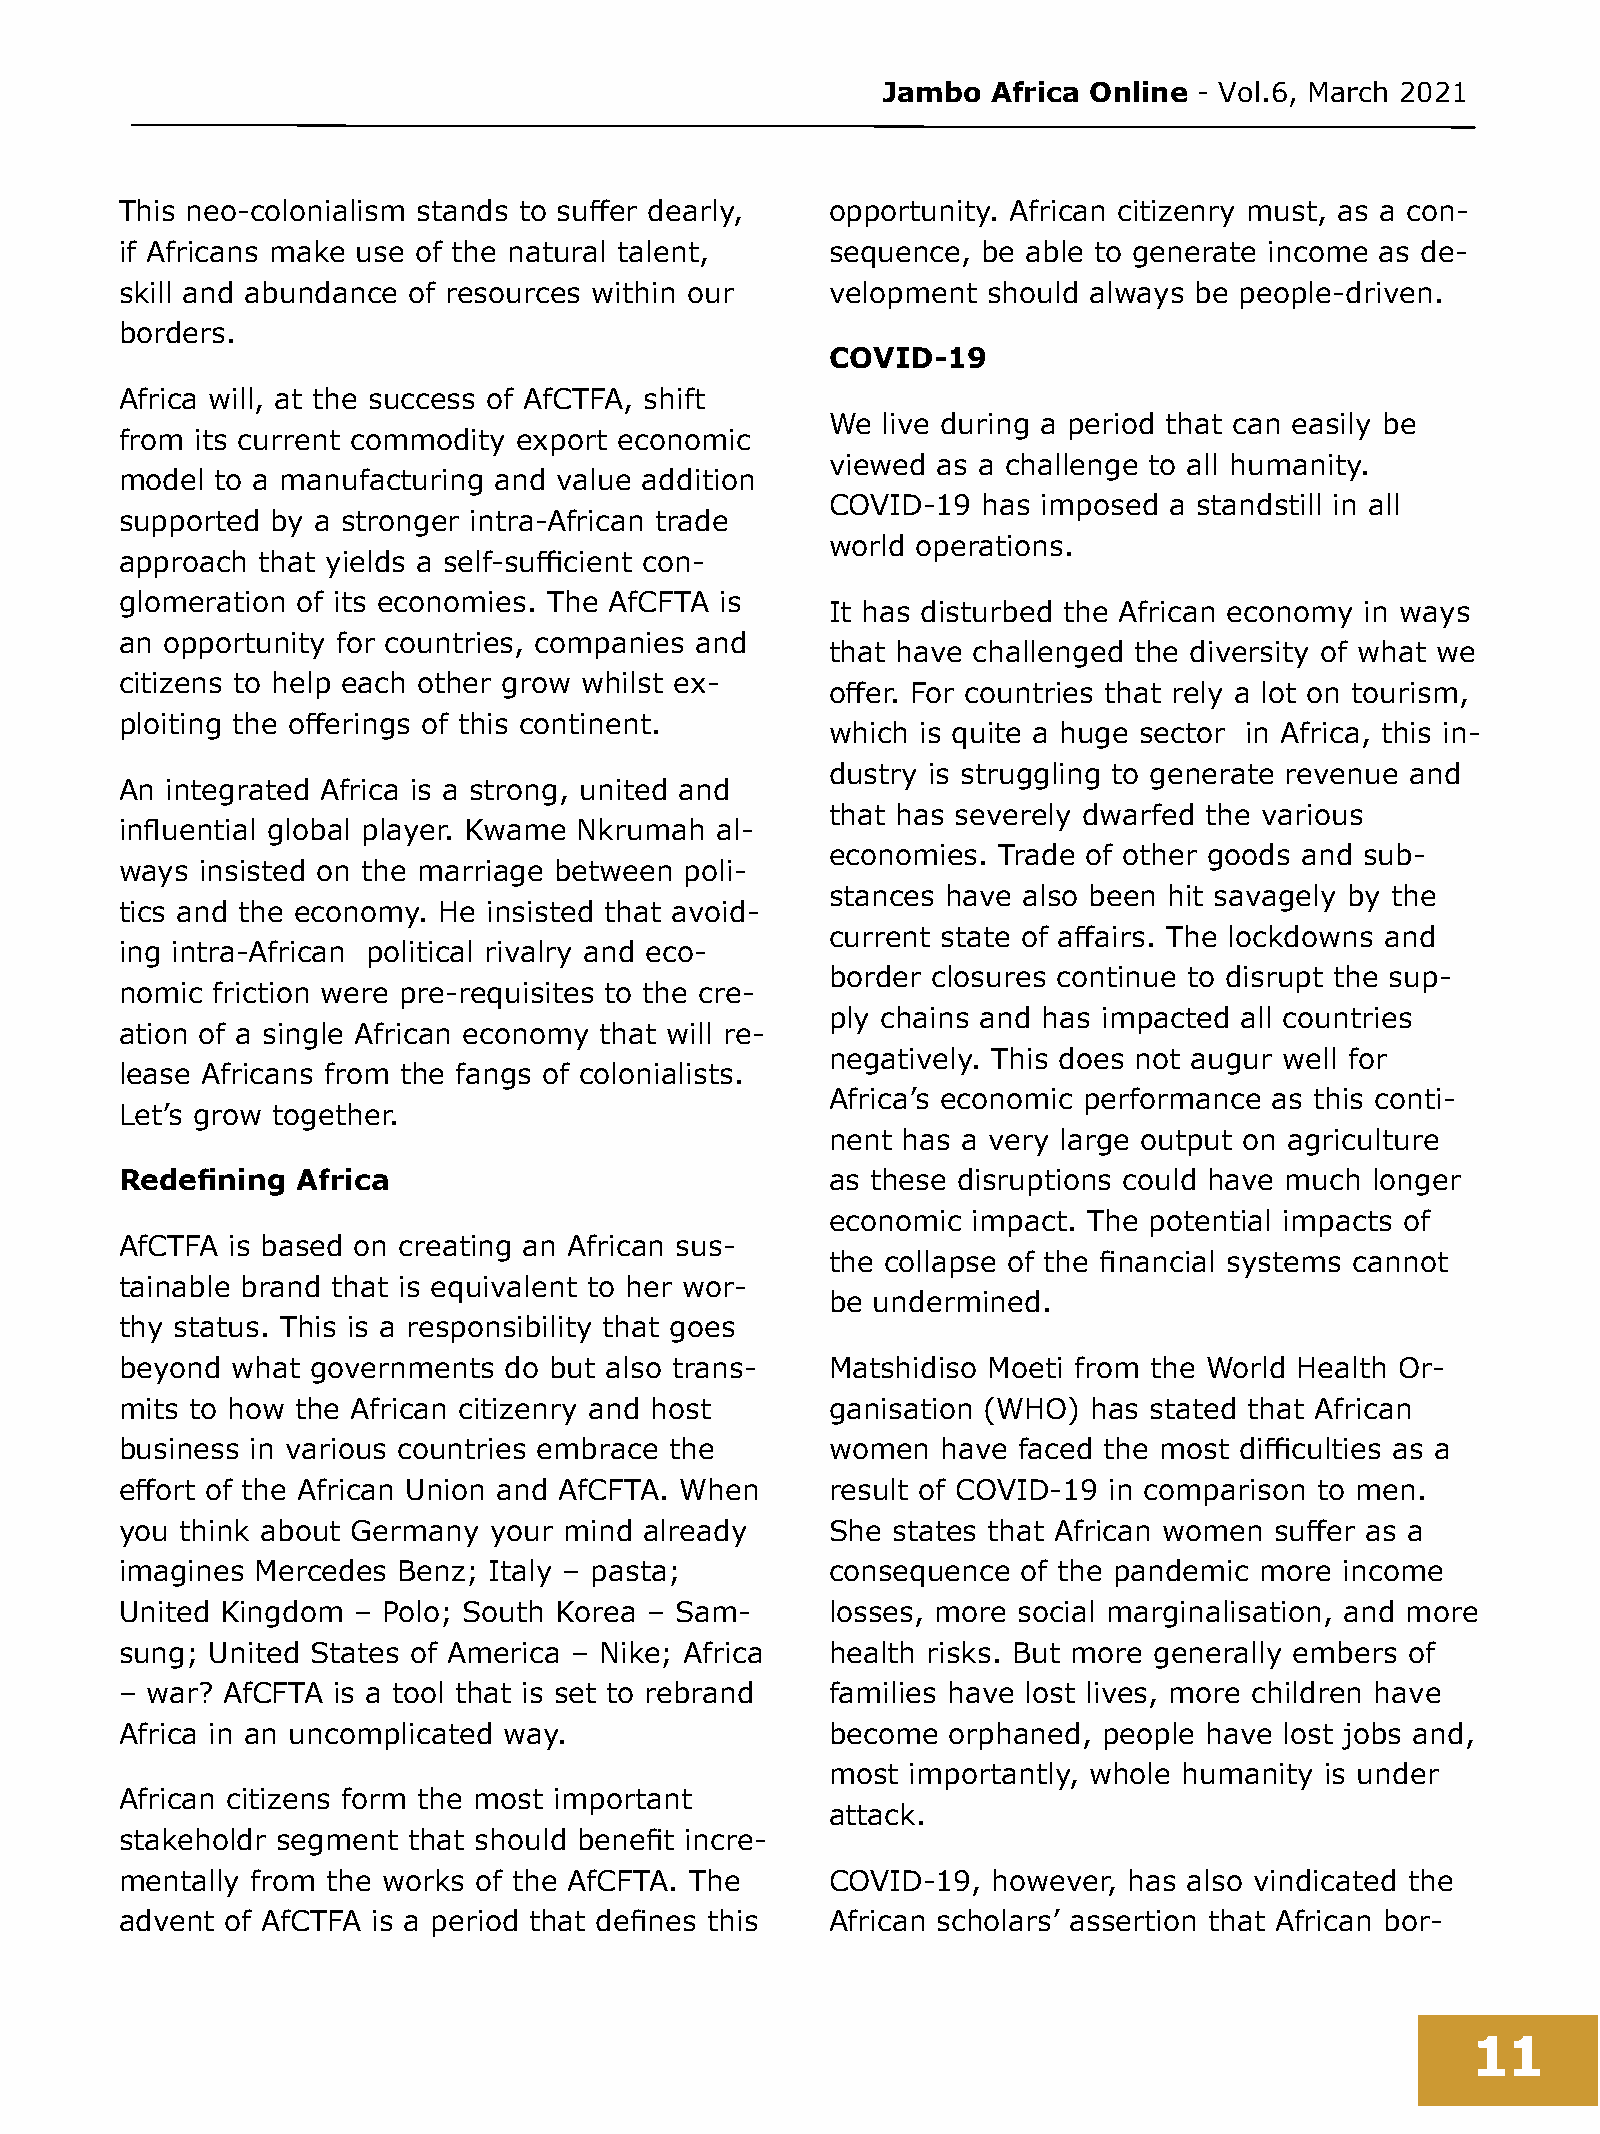
Jambo   Africa Online - Vol.6, March 2021
 This neo-colonialism stands to suffer dearly,  opportunity. African citizenry must, as a con-
 if Africans make use of the natural talent,    sequence, be able to generate income as de-
 skill and abundance of resources within our    velopment should always be people-driven.
 borders.
 COVID-19
 Africa will, at the success of AfCTFA, shift
 We live during a period that can easily be
 from its current commodity export economic
 viewed as a challenge to all humanity.
 model to a manufacturing and value addition
 COVID-19  has imposed a standstill in all
 supported by a stronger intra-African trade
 world operations.
 approach that yields a self-sufficient con-
 glomeration of its economies. The AfCFTA is
 It has disturbed the African economy in ways
 an opportunity for countries, companies and
 that have challenged the diversity of what we
 citizens to help each other grow whilst ex-
 offer. For countries that rely a lot on tourism,
 ploiting the offerings of this continent.
 which is quite a huge sector in Africa, this in-
 dustry is struggling to generate revenue and
 An integrated Africa is a strong, united and
 that has severely dwarfed the various
 influential global player. Kwame Nkrumah al-
 economies. Trade of other goods and sub-
 ways insisted on the marriage between poli-
 stances have also been hit savagely by the
 tics and the economy. He insisted that avoid-
 current state of affairs. The lockdowns and
 ing intra-African political rivalry and eco-
 border closures continue to disrupt the sup-
 nomic friction were pre-requisites to the cre-
 ply chains and has impacted all countries
 ation of a single African economy that will re-
 negatively. This does not augur well for
 lease Africans from the fangs of colonialists.
 Africa’s economic performance as this conti-
 Let’s grow together.
 nent has a very large output on agriculture
 Redefining  Africa                             as these disruptions could have much longer
 economic impact. The potential impacts of
 AfCTFA is based on creating an African sus-
 the collapse of the financial systems cannot
 tainable brand that is equivalent to her wor-
 be undermined.
 thy status. This is a responsibility that goes
 beyond what  governments do but also trans-    Matshidiso Moeti from the World Health Or-
 mits to how the African citizenry and host     ganisation (WHO) has stated that African
 business in various countries embrace the      women  have faced the most difficulties as a
 effort of the African Union and AfCFTA. When   result of COVID-19 in comparison to men.
 you think about Germany your mind  already     She states that African women suffer as a
 imagines Mercedes Benz; Italy – pasta;         consequence  of the pandemic more income
 United Kingdom – Polo; South Korea – Sam-      losses, more social marginalisation, and more
 sung; United States of America – Nike; Africa  health risks. But more generally embers of
 – war? AfCFTA is a tool that is set to rebrand families have lost lives, more children have
 Africa in an uncomplicated way.                become  orphaned, people have lost jobs and,
 most importantly, whole humanity is under
 African citizens form the most important
 attack.
 stakeholdr segment that should benefit incre-
 mentally from the works of the AfCFTA. The     COVID-19,  however, has also vindicated the
 advent of AfCTFA is a period that defines this African scholars’ assertion that African bor-
 11